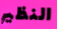
النظير